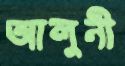
আলুনী